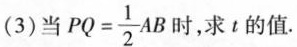
(3)当 $$PQ= \frac{1}{2}AB$$ 时，求t的值。